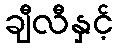
ချီလီနှင့်